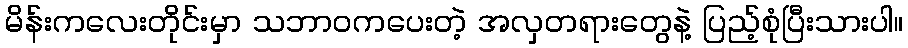
မိန်းကလေးတိုင်းမှာ သဘာဝကပေးတဲ့ အလှတရားတွေနဲ့ ပြည့်စုံပြီးသားပါ။